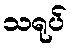
သရုပ်